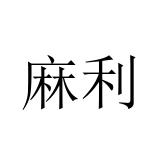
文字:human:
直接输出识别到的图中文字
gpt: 麻利